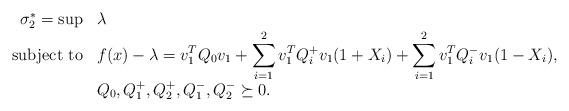
LaTeX: \begin{align*}\begin{array}{rll}\sigma_2^* = \sup & \lambda \\\textnormal{subject to} & \displaystyle f(x) - \lambda= v_1^TQ_0v_1 + \sum_{i=1}^2 v_1^TQ_i^+v_1 (1+X_i)+ \sum_{i=1}^2 v_1^TQ_i^-v_1 (1-X_i), \\& Q_0,Q_1^+,Q_2^+,Q_1^-,Q_2^- \succeq 0.\end{array}\end{align*}